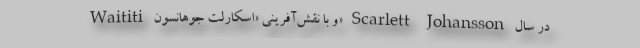
Waititi و با نقش‌آفرینی «اسکارلت جوهانسون» Scarlett Johansson در سال